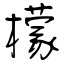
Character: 檬